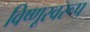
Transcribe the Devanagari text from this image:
विष्णूस्वरूप